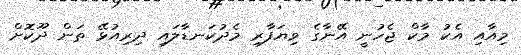
މިއާއި އެކު މާކް ޖެހުނީ އޭނާގެ ވިޔަފާރި މެދުކަނޑާލައި ދިރިއުޅޭ ތަން ދޫކޮށް